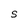
Character: S